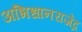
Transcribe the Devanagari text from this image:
अभिधानराजेंद्र